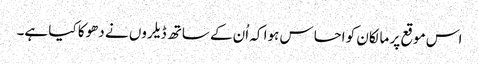
اس موقع پر مالکان کو احساس ہوا کہ اُن کے ساتھ ڈیلروں نے دھوکا کیا ہے۔